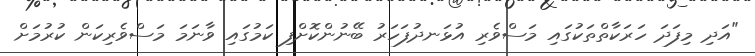
"އަދި މިފަދަ ހަރަކާތްތަކުގައި މަސްވެރި އުޅަނދުފަހަރު ބޭނުންކޮށްފި ކަމުގައި ވާނަމަ މަސްވެރިކަން ކުރުމަށް